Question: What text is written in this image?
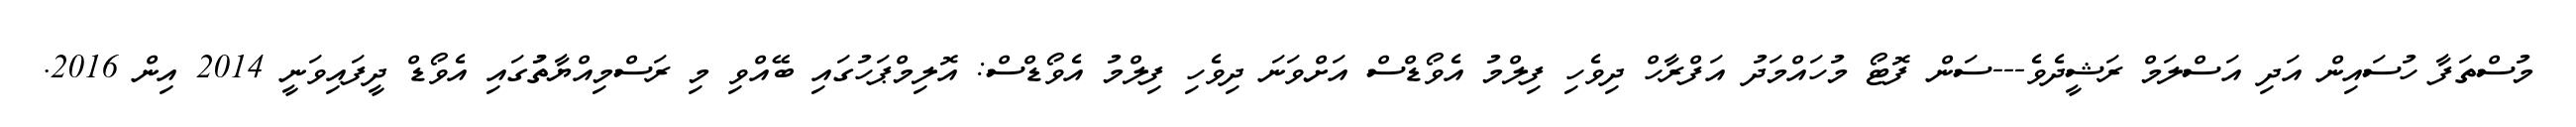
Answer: މުސްތަފާ ހުސައިން އަދި އަސްލަމް ރަޝީދެވެ---ސަން ފޮޓޯ މުހައްމަދު އަފްރާހް ދިވެހި ފިލްމު އެވޯޑްސް އަށްވަނަ ދިވެހި ފިލްމު އެވޯޑްސް: އޮލިމްޕަހުގައި ބޭއްވި މި ރަސްމިއްޔާތުުގައި އެވޯޑް ދީފައިވަނީ 2014 އިން 2016.